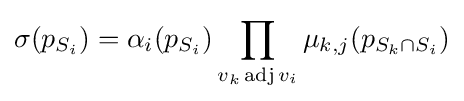
\sigma (p_{S_{i}})=\alpha _{i}(p_{S_{i}})\prod _{v_{k}\operatorname {adj} v_{i}}\mu _{k,j}(p_{S_{k}\cap S_{i}})